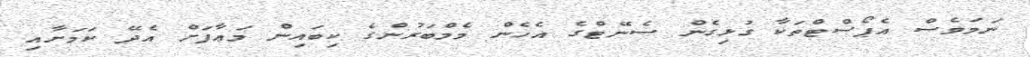
ނަމަވެސް އެޕޯސްޓްތަކާ ގުޅިގެން ސެނޭޓްގެ އެހެން މެމްބަރުންގެ ކިބައިން މަޢާފަށް އެދޭ ކަމަށާއި